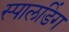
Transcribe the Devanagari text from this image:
स्पालडिंग